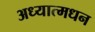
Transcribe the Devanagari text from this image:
अध्यात्मधन